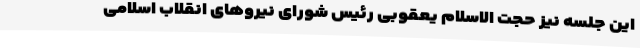
این جلسه نیز حجت الاسلام یعقوبی رئیس شورای نیروهای انقلاب اسلامی